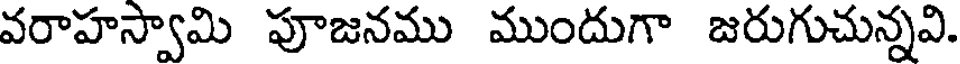
వరాహస్వామి పూజనము ముందుగా జరుగుచున్నవి.